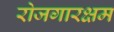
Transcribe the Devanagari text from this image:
रोजगारक्षम